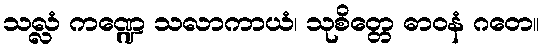
သလ္လံ ကဏ္ဍေ သလာကာယံ၊ သုစိတ္တေ ဓာဝနံ ဂတေ။